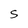
Character: S